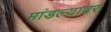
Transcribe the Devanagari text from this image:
मांडल्यावर